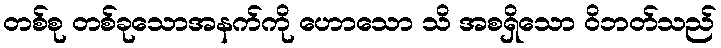
တစ်စု တစ်ခုသောအနက်ကို ဟောသော သိ အစရှိသော ဝိဘတ်သည်